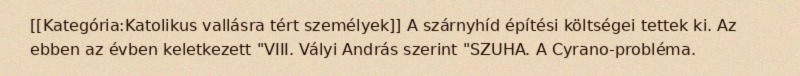
[[Kategória:Katolikus vallásra tért személyek]] A szárnyhíd építési költségei tettek ki. Az ebben az évben keletkezett "VIII. Vályi András szerint "SZUHA. A Cyrano-probléma.